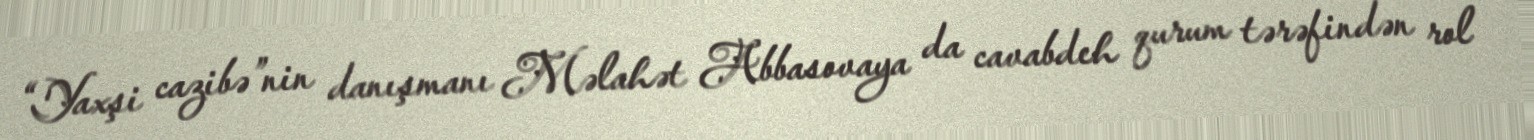
“Yaxşi cazibə”nin danışmanı Məlahət Abbasovaya da cavabdeh qurum tərəfindən rol